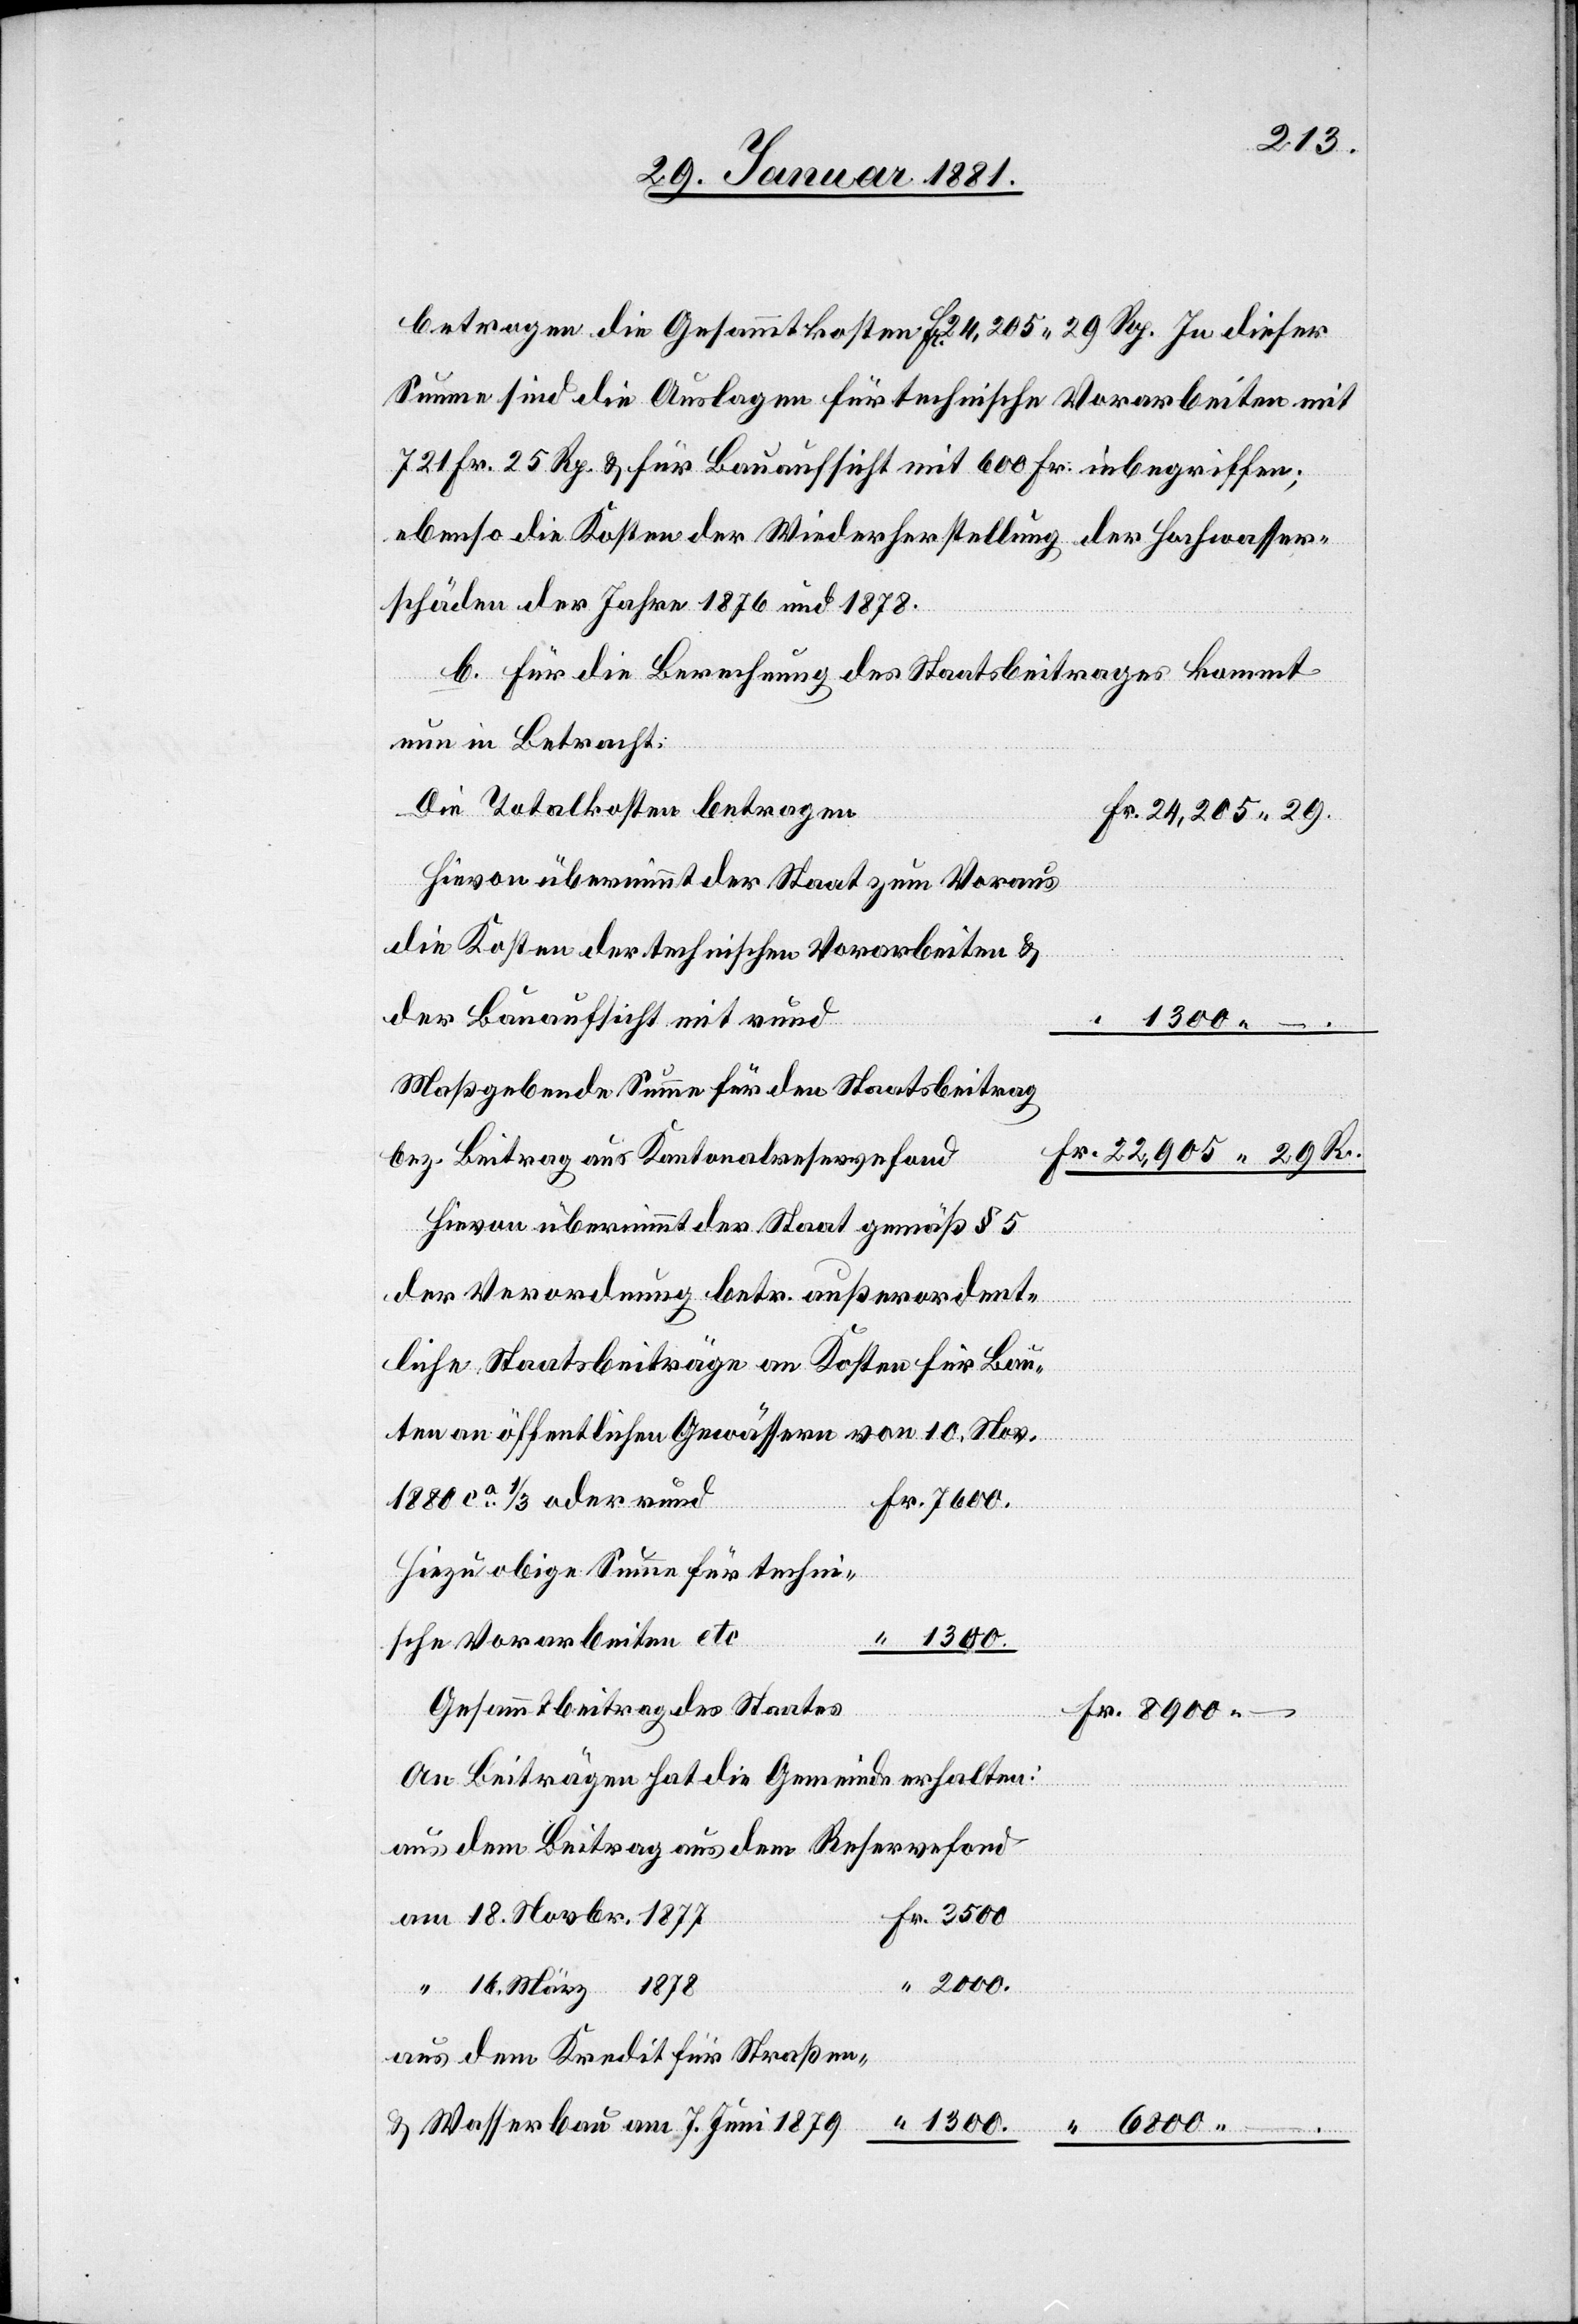
2000.
betragen die Gesammtkosten Fr. 24,205 29 Rp. In dieser
Summe sind die Auslagen für technische Vorarbeiten mit
721 Fr. 25. Rp. & für Bauaufsicht mit 600 Fr. inbegriffen;
ebenso die Kosten der Wiederherstellung der Hochwasser¬
schäden der Jahre 1876 und 1878.
b. Für die Berechnung des Staatsbeitrages kommt
nun in Betracht:
Die Totalkosten betragen
24,205 29.
Hievon übernimmt der Staat zum Voraus
die Kosten der technischen Vorarbeiten &
der Bauaufsicht mit rund
1300 –.
Maßgebende Summe für den Staatsbeitrag
bez. Beitrag aus Kantonalreservefond
Hievon übernimmt der Staat gemäß § 5
der Verordnung betr. außerordent¬
–.
liche Staatsbeiträge an Kosten für Bau¬
ten an öffentlichen Gewässern von 10. Nov.
1880 ca 1/3 oder rund
Hiezu obige Summe für techni¬
sche Vorarbeiten etc.
1300.
Gesammtbeitrag des Staates
An Beiträgen hat die Gemeinde erhalten:
aus dem Beitrag aus dem Reservefond
18. Novbr. 1877
16. März 1878
aus dem Kredit für Straßen-
& Wasserbau am 7. Juni 1879